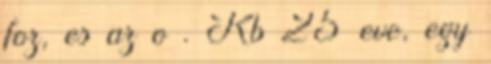
foz, es az o . Kb 25 eve, egy